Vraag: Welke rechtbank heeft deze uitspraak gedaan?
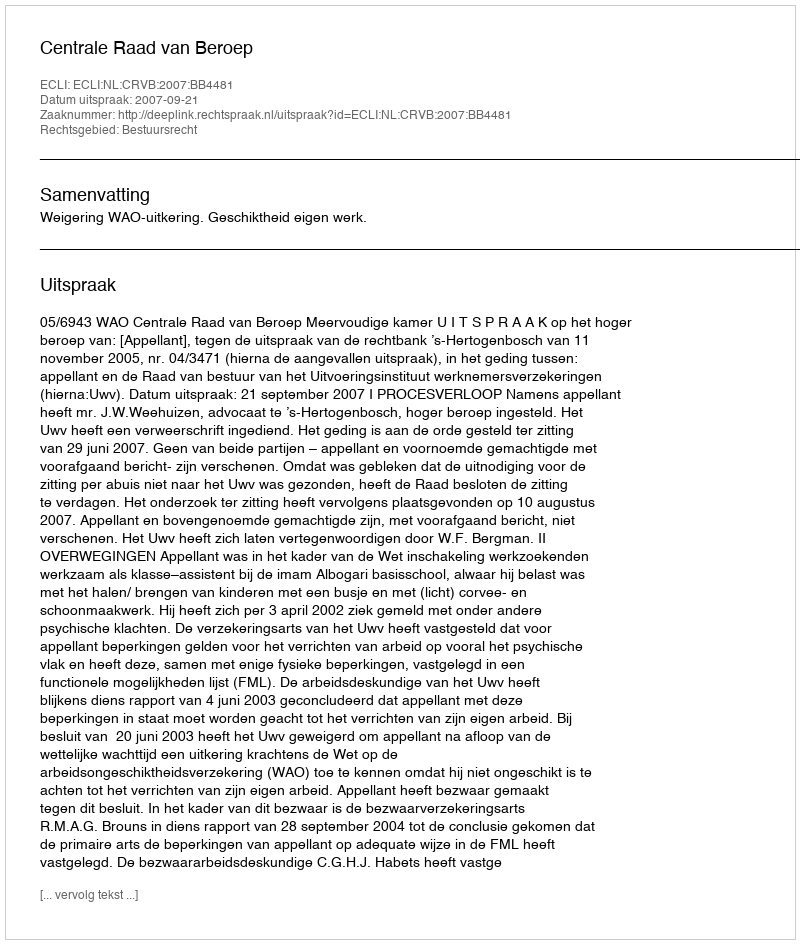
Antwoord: Centrale Raad van Beroep